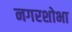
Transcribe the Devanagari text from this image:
नगरशोभा